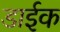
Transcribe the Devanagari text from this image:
डाईक